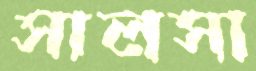
সালসা